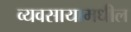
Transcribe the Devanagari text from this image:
व्यवसायामधील